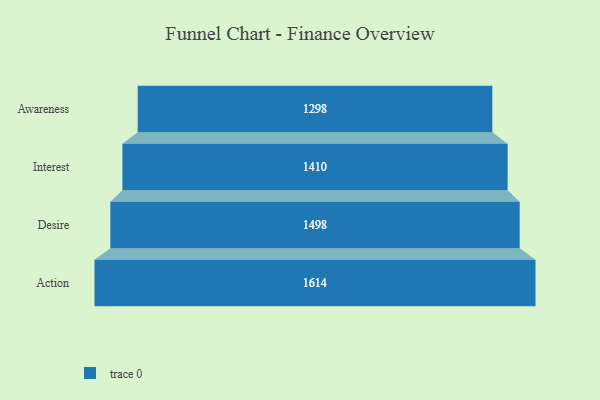
{"axis": {"x": "Stage", "y": "Value"}, "legend": [""], "data": [{"x": "Awareness", "y": 1298.0, "type": ""}, {"x": "Interest", "y": 1410.0, "type": ""}, {"x": "Desire", "y": 1498.0, "type": ""}, {"x": "Action", "y": 1614.0, "type": ""}]}